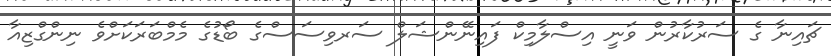
ޗައިނާ ގެ ސަރުކާރުން ވަނީ އިސްލާމިކް ފައިނޭންޝަލް ސަރވިސަސްގެ ބޯޑުގެ މެމްބަރަކަށްވެ ނިންގްޒިއާ